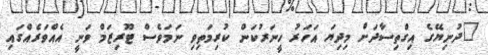
"ދުނިޔޭގެ އިގްތިސާދަށް މިދިޔަ އަހަރު ހީނަރުކަން ކުރިމަތިވި ނަމަވެސް ޓޫރިޒަމް ވަނީ އެއްވަރެއްގައި